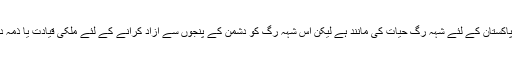
پاکستان اس مسلہ کا نہ فقط اہم فریق ہے بلکہ اس کی اہمیت پاکستان کے لئے شہہ رگ حیات کی مانند ہے لیکن اس شہہ رگ کو دشمن کے پنجوں سے آزاد کرانے کے لئے ملکی قیادت یا ذمہ دار اداروں کی پالیسیوں میں سنجیدگی کا عنصر نظر نہیں آیا۔